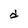
Character: d